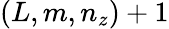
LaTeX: (L,m,n_{z})+1